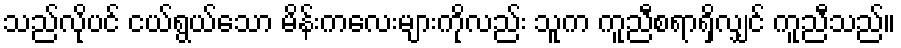
သည်လိုပင် ငယ်ရွယ်သော မိန်းကလေးများကိုလည်း သူက ကူညီစရာရှိလျှင် ကူညီသည်။